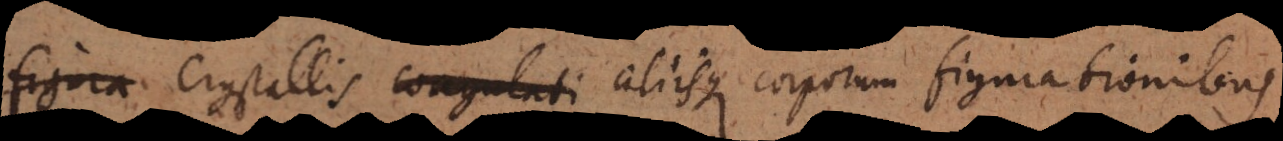
figura crystallis coagulati aliisque corporum figurationibus.